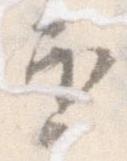
を